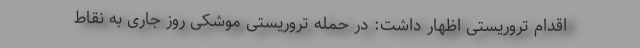
اقدام تروریستی اظهار داشت: در حمله تروریستی موشکی روز جاری به نقاط